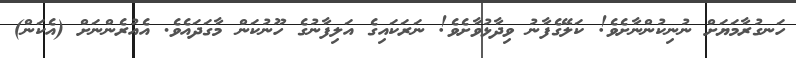
ހަނގުރާމަޔަށް ނުނިކުންނާށެވެ! ކަލޭގެފާނު ވިދާޅުވާށެވެ! ނަރަކައިގެ އަލިފާނުގެ ހޫނުކަން މާގަދައެވެ. އެއުރެންނަށް (އެކަން)